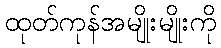
ထုတ်ကုန်အမျိုးမျိုးကို